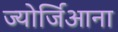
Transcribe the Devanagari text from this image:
ज्योर्जिआना